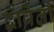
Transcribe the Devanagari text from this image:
द्वावेतौ